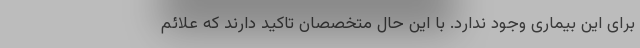
برای این بیماری وجود ندارد. با این حال متخصصان تاکید دارند که علائم